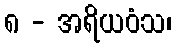
၈ - အရိယဝံသ၊